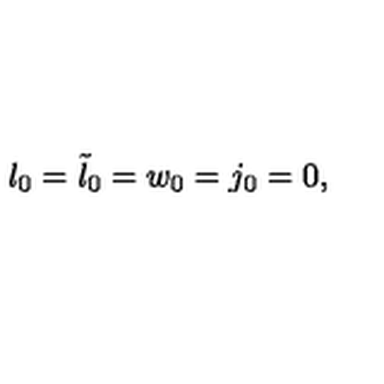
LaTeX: l _ { 0 } = { \tilde { l } } _ { 0 } = w _ { 0 } = j _ { 0 } = 0 ,